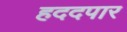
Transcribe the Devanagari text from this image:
हददपार